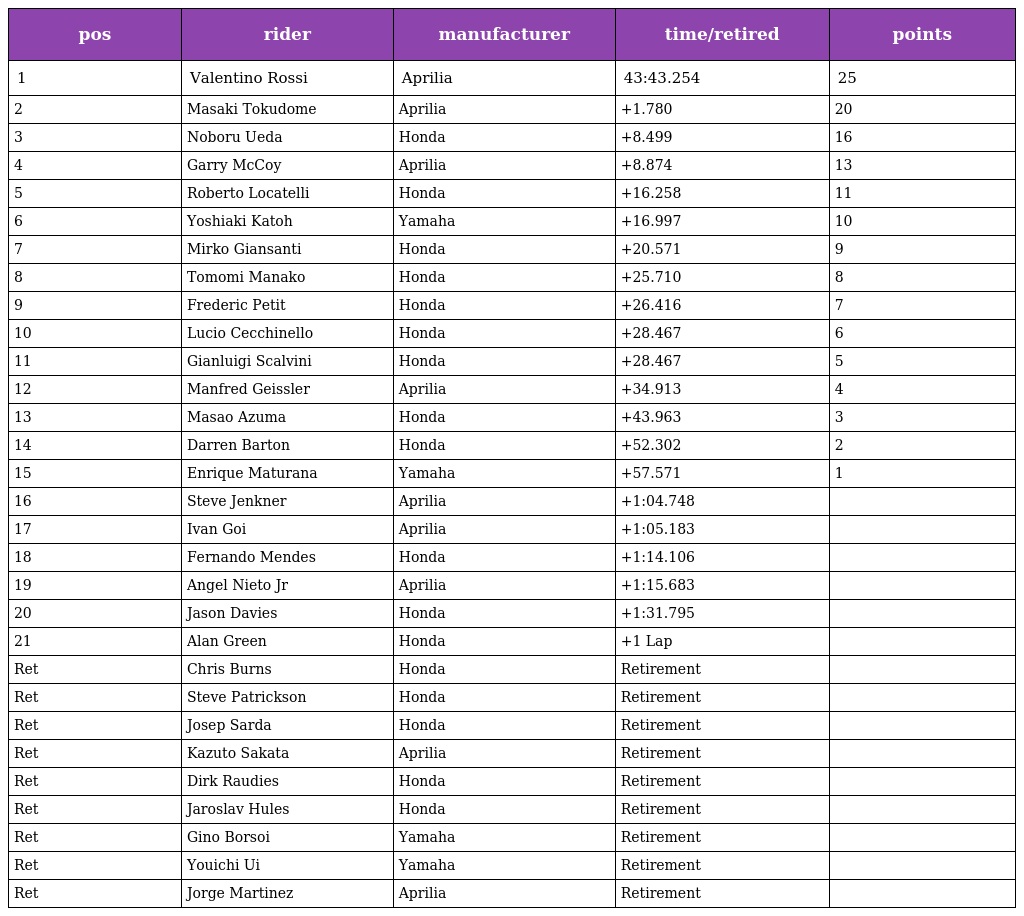
| pos | rider | manufacturer | time/retired | points |
 | --- | --- | --- | --- | --- |
 | 1 | Valentino Rossi | Aprilia | 43:43.254 | 25 |
 | 2 | Masaki Tokudome | Aprilia | +1.780 | 20 |
 | 3 | Noboru Ueda | Honda | +8.499 | 16 |
 | 4 | Garry McCoy | Aprilia | +8.874 | 13 |
 | 5 | Roberto Locatelli | Honda | +16.258 | 11 |
 | 6 | Yoshiaki Katoh | Yamaha | +16.997 | 10 |
 | 7 | Mirko Giansanti | Honda | +20.571 | 9 |
 | 8 | Tomomi Manako | Honda | +25.710 | 8 |
 | 9 | Frederic Petit | Honda | +26.416 | 7 |
 | 10 | Lucio Cecchinello | Honda | +28.467 | 6 |
 | 11 | Gianluigi Scalvini | Honda | +28.467 | 5 |
 | 12 | Manfred Geissler | Aprilia | +34.913 | 4 |
 | 13 | Masao Azuma | Honda | +43.963 | 3 |
 | 14 | Darren Barton | Honda | +52.302 | 2 |
 | 15 | Enrique Maturana | Yamaha | +57.571 | 1 |
 | 16 | Steve Jenkner | Aprilia | +1:04.748 |  |
 | 17 | Ivan Goi | Aprilia | +1:05.183 |  |
 | 18 | Fernando Mendes | Honda | +1:14.106 |  |
 | 19 | Angel Nieto Jr | Aprilia | +1:15.683 |  |
 | 20 | Jason Davies | Honda | +1:31.795 |  |
 | 21 | Alan Green | Honda | +1 Lap |  |
 | Ret | Chris Burns | Honda | Retirement |  |
 | Ret | Steve Patrickson | Honda | Retirement |  |
 | Ret | Josep Sarda | Honda | Retirement |  |
 | Ret | Kazuto Sakata | Aprilia | Retirement |  |
 | Ret | Dirk Raudies | Honda | Retirement |  |
 | Ret | Jaroslav Hules | Honda | Retirement |  |
 | Ret | Gino Borsoi | Yamaha | Retirement |  |
 | Ret | Youichi Ui | Yamaha | Retirement |  |
 | Ret | Jorge Martinez | Aprilia | Retirement |  |